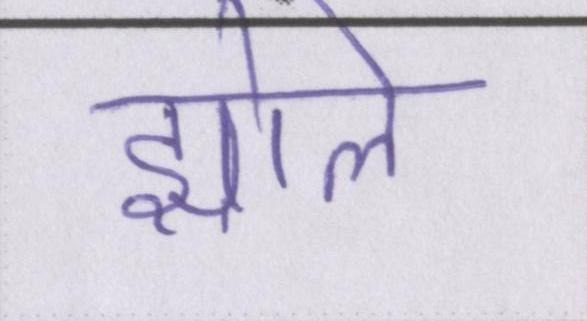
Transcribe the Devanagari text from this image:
झोले